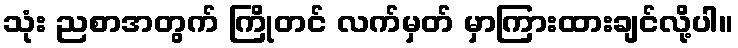
သုံး ညစာအတွက် ကြိုတင် လက်မှတ် မှာကြားထားချင်လို့ပါ။